Riigikantselei, lk 103
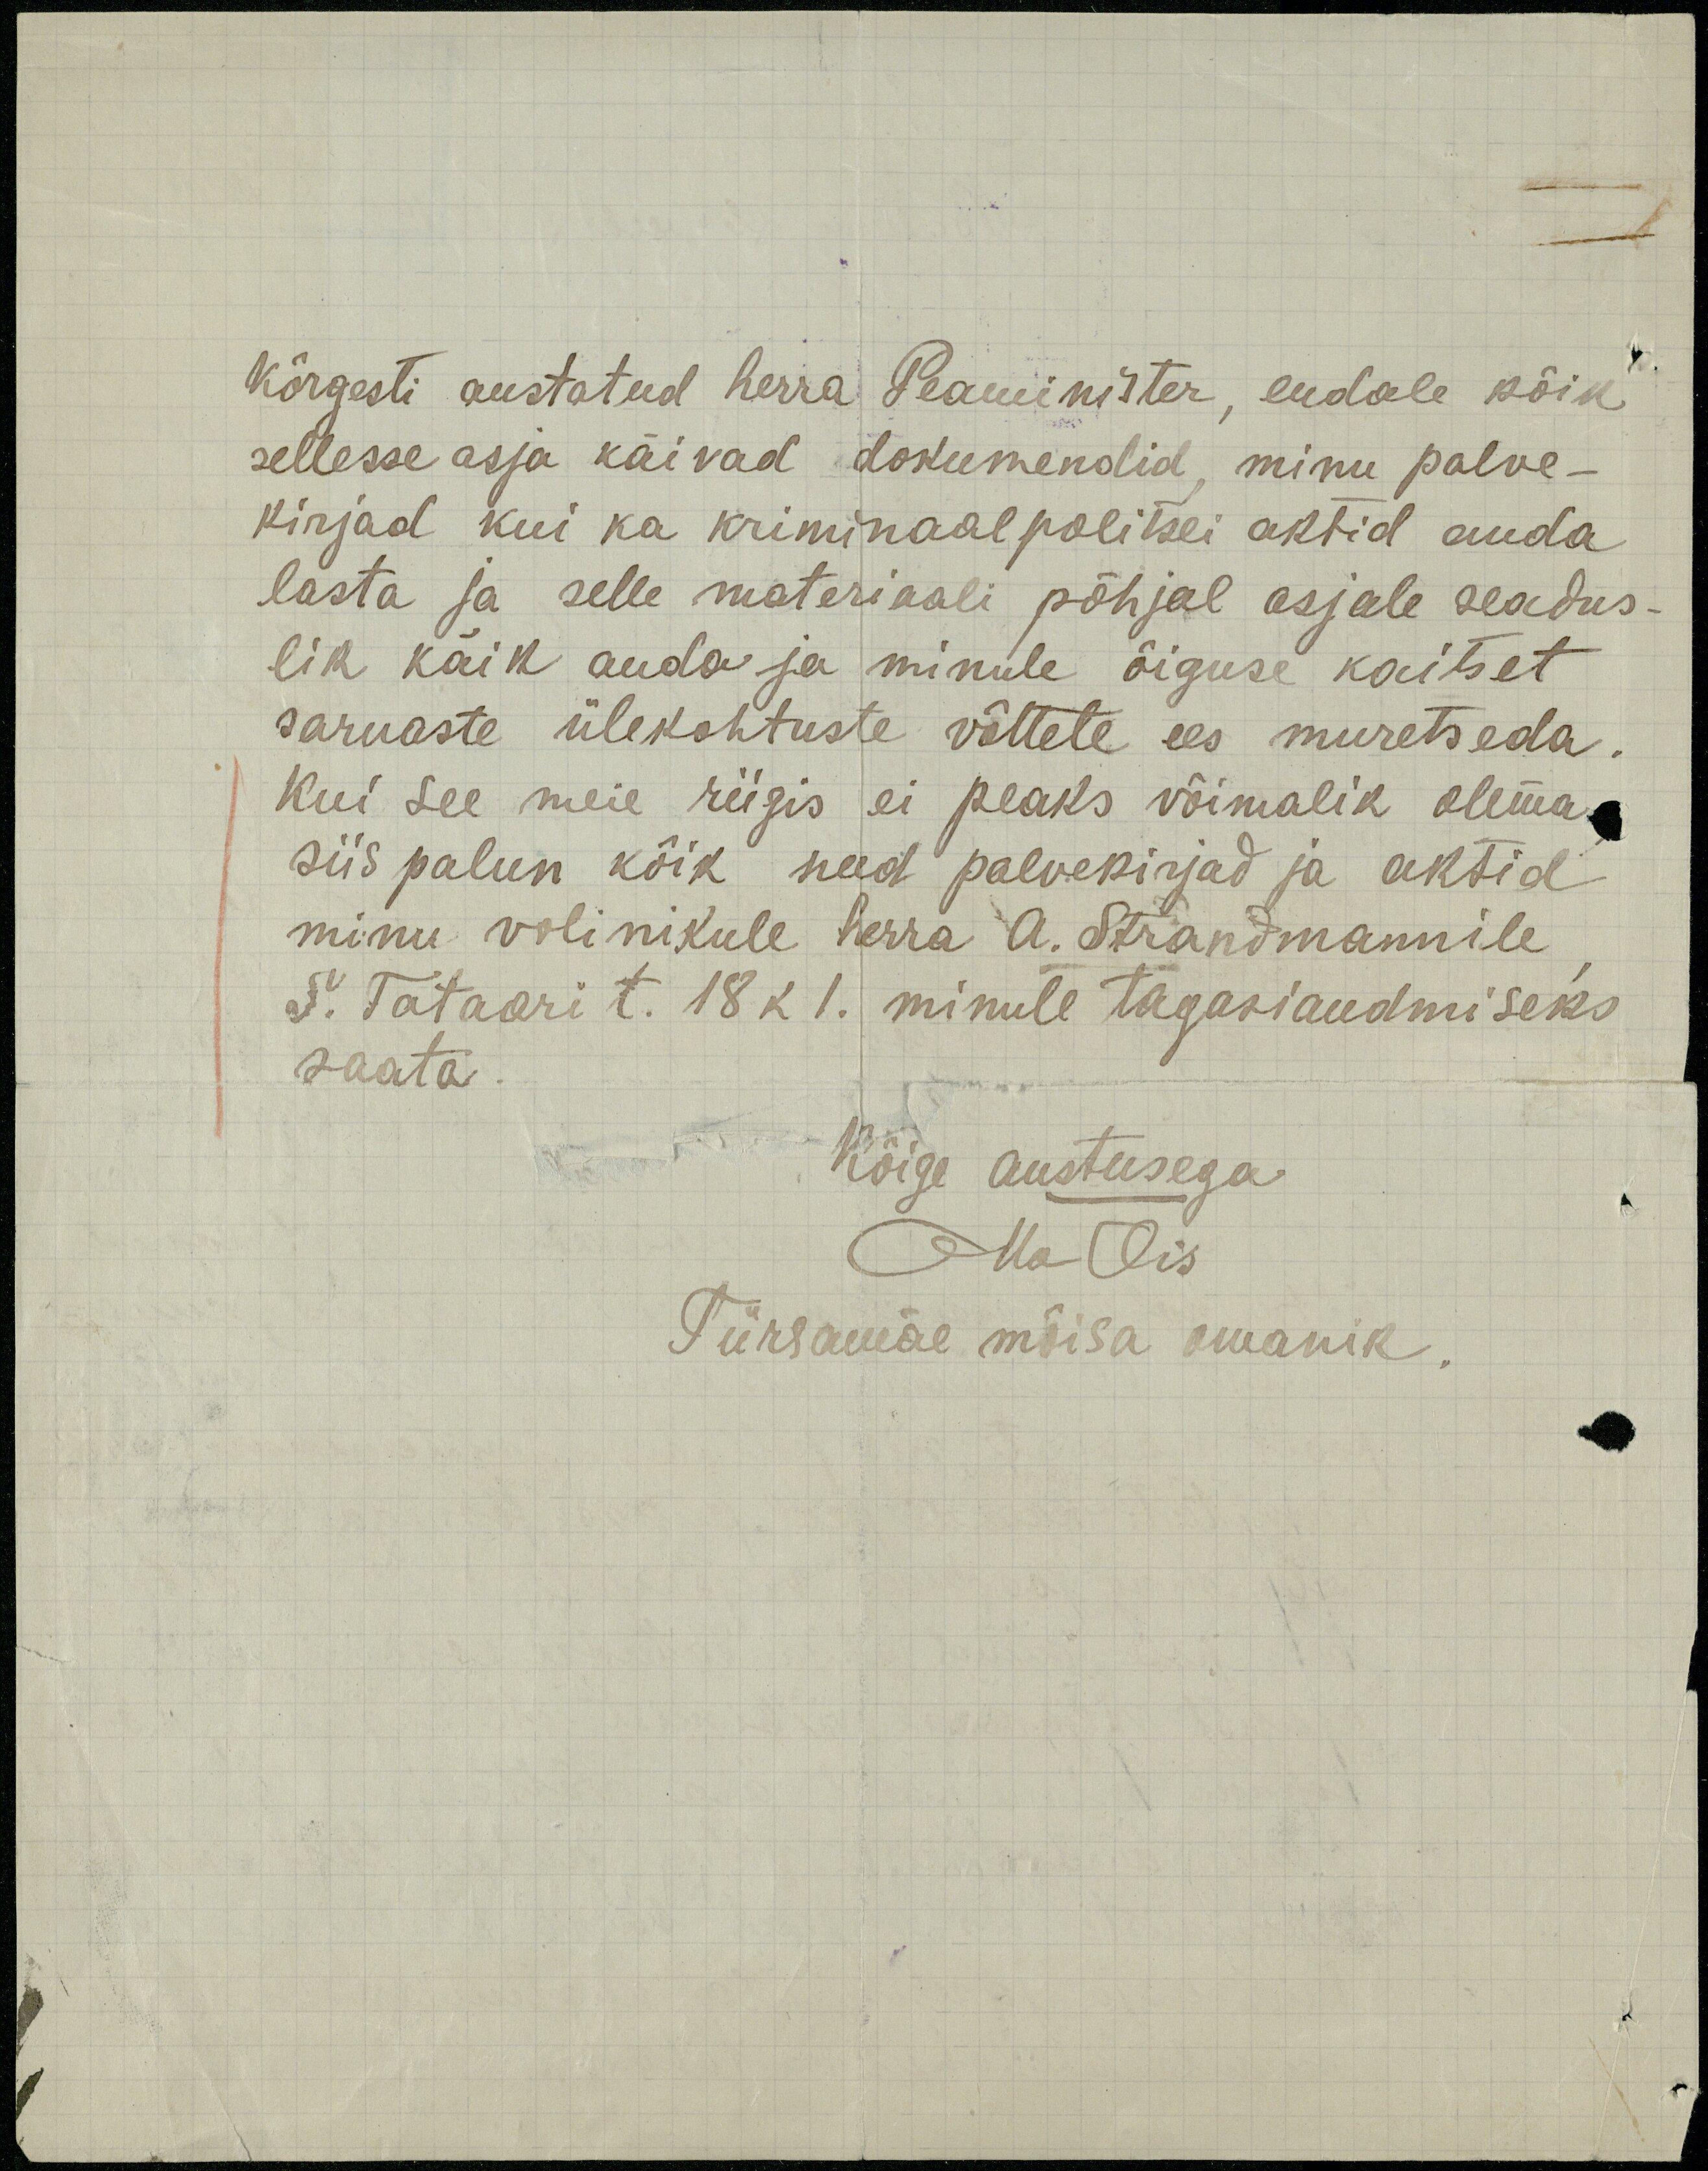
kõrgesti austatud herra Peaminister, endale kõik
sellesse asja käivad dokumendid, minu palve-
kirjad kui ka kriminaalpolitsei aktid anda
lasta ja selle materiaali põhjal asjale seadus-
lik käik anda ja minule õiguse kaitset
sarnaste ülekohtuste võttete ees muretseda.
Kui see meie riigis ei peaks võimalik olema
siis palun kõik need palvekirjad ja aktid
minu volinikule herra A. Strandmannile
S. Tataari t. 18 k. 1. minule tagasiandmiseks
saata.
Kõige austusega
Ma Ois
Türsamäe mõisa omanik.